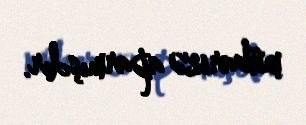
mübarizə aparmışdır.